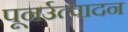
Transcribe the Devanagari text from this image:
पूनर्उत्पादन